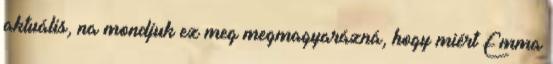
aktuális, na mondjuk ez meg megmagyarázná, hogy miért Emma